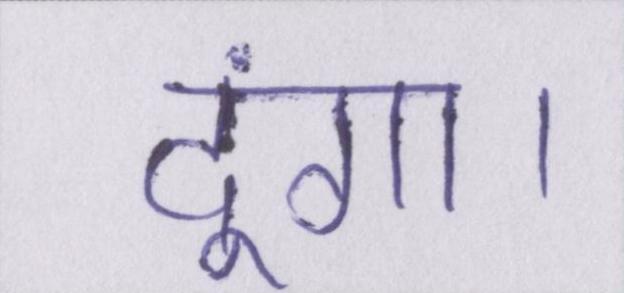
दूंगा।